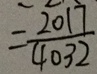
= \frac { 2 0 1 7 } { 4 0 3 2 }